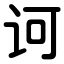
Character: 诃